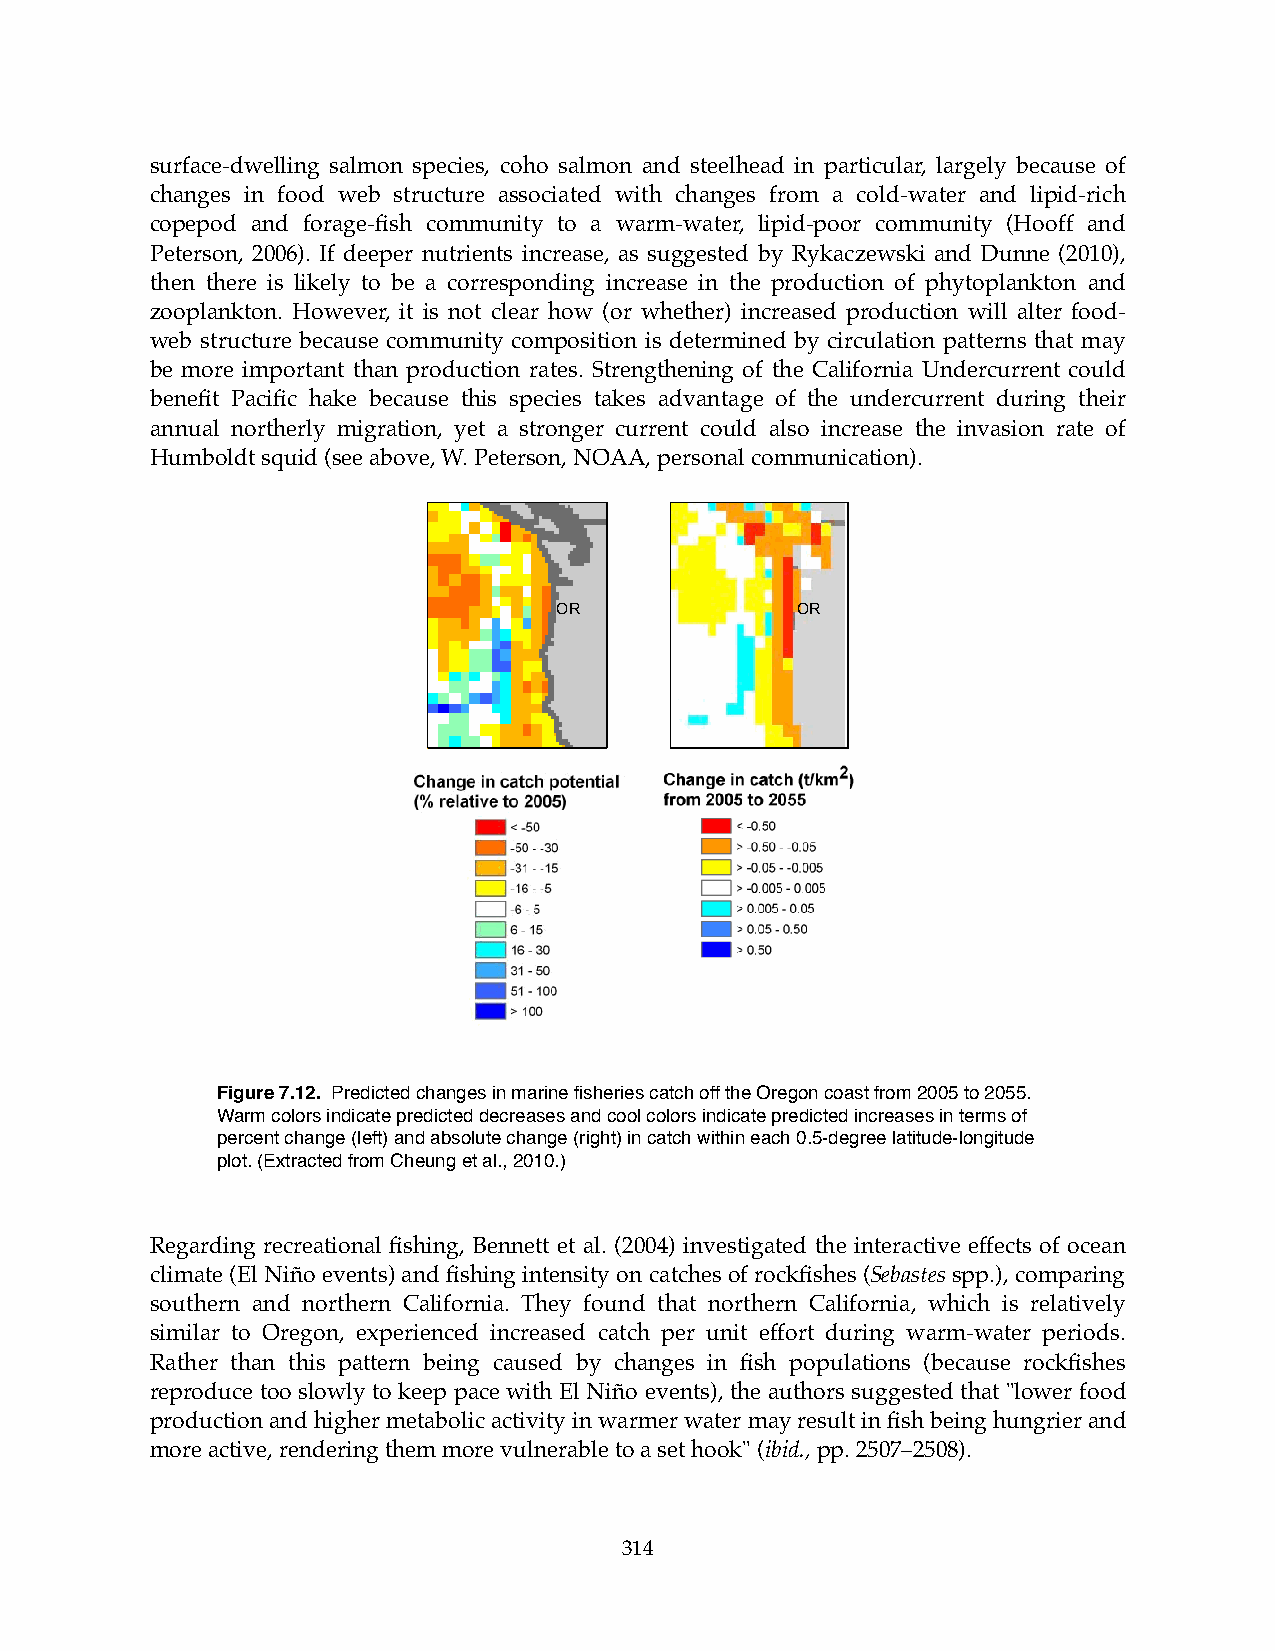
surface-dwelling salmon species, coho salmon and steelhead in particular, largely because of
 changes in food web structure associated with changes from a cold-water and lipid-rich
 copepod and forage-fish community to a warm-water, lipid-poor community (Hooff and
 Peterson, 2006). If deeper nutrients increase, as suggested by Rykaczewski and Dunne (2010),
 then there is likely to be a corresponding increase in the production of phytoplankton and
 zooplankton. However, it is not clear how (or whether) increased production will alter food-
 web structure because community composition is determined by circulation patterns that may
 be more important than production rates. Strengthening of the California Undercurrent could
 benefit Pacific hake because this species takes advantage of the undercurrent during their
 annual northerly migration, yet a stronger current could also increase the invasion rate of
 Humboldt squid (see above, W. Peterson, NOAA, personal communication).
 OR              OR
 Figure 7.12. Predicted changes in marine fisheries catch off the Oregon coast from 2005 to 2055.
 Warm colors indicate predicted decreases and cool colors indicate predicted increases in terms of
 percent change (left) and absolute change (right) in catch within each 0.5-degree latitude-longitude
 plot. (Extracted from Cheung et al., 2010.)
 Regarding recreational fishing, Bennett et al. (2004) investigated the interactive effects of ocean
 climate (El Niño events) and fishing intensity on catches of rockfishes (Sebastes spp.), comparing
 southern and northern California. They found that northern California, which is relatively
 similar to Oregon, experienced increased catch per unit effort during warm-water periods.
 Rather than this pattern being caused by changes in fish populations (because rockfishes
 reproduce too slowly to keep pace with El Niño events), the authors suggested that "lower food
 production and higher metabolic activity in warmer water may result in fish being hungrier and
 more active, rendering them more vulnerable to a set hook" (ibid., pp. 2507–2508).
 314